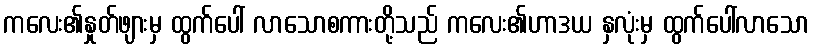
ကလေး၏နှုတ်ဖျားမှ ထွက်ပေါ် လာသောစကားတို့သည် ကလေး၏ဟာဒယ နှလုံးမှ ထွက်ပေါ်လာသော